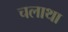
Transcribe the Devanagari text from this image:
चलाथा